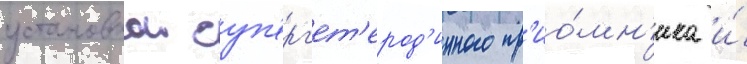
установкои суп'ерг'ет'ерод'инного пр'ио́мн'ика и́